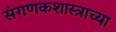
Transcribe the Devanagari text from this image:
संगणकशास्त्राच्या